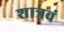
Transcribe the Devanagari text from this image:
शात्रवं